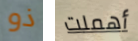
ذو أهملت